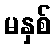
မနှစ်